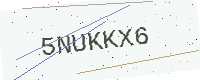
Text: 5NUKKX6